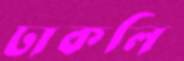
ঢাকলি